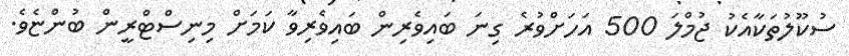
ސުކޫލުތަކާއެކު ޖުމްލަ 500 އަހަށްވުރެ ގިނަ ބައިވެރިން ބައިވެރިވާ ކަމަށް މިނިސްޓްރީން ބުންޏެވެ.